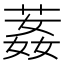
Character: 葌